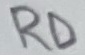
Text: RD